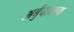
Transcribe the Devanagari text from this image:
अर्बुदारण्य